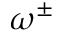
\omega ^ { \pm }